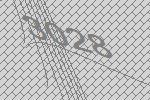
3028